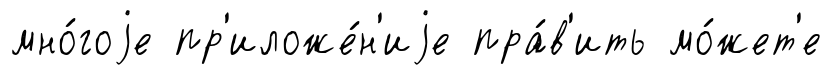
мно́гоjе пр'иложе́н'иjе пра́в'ить мо́жет'е